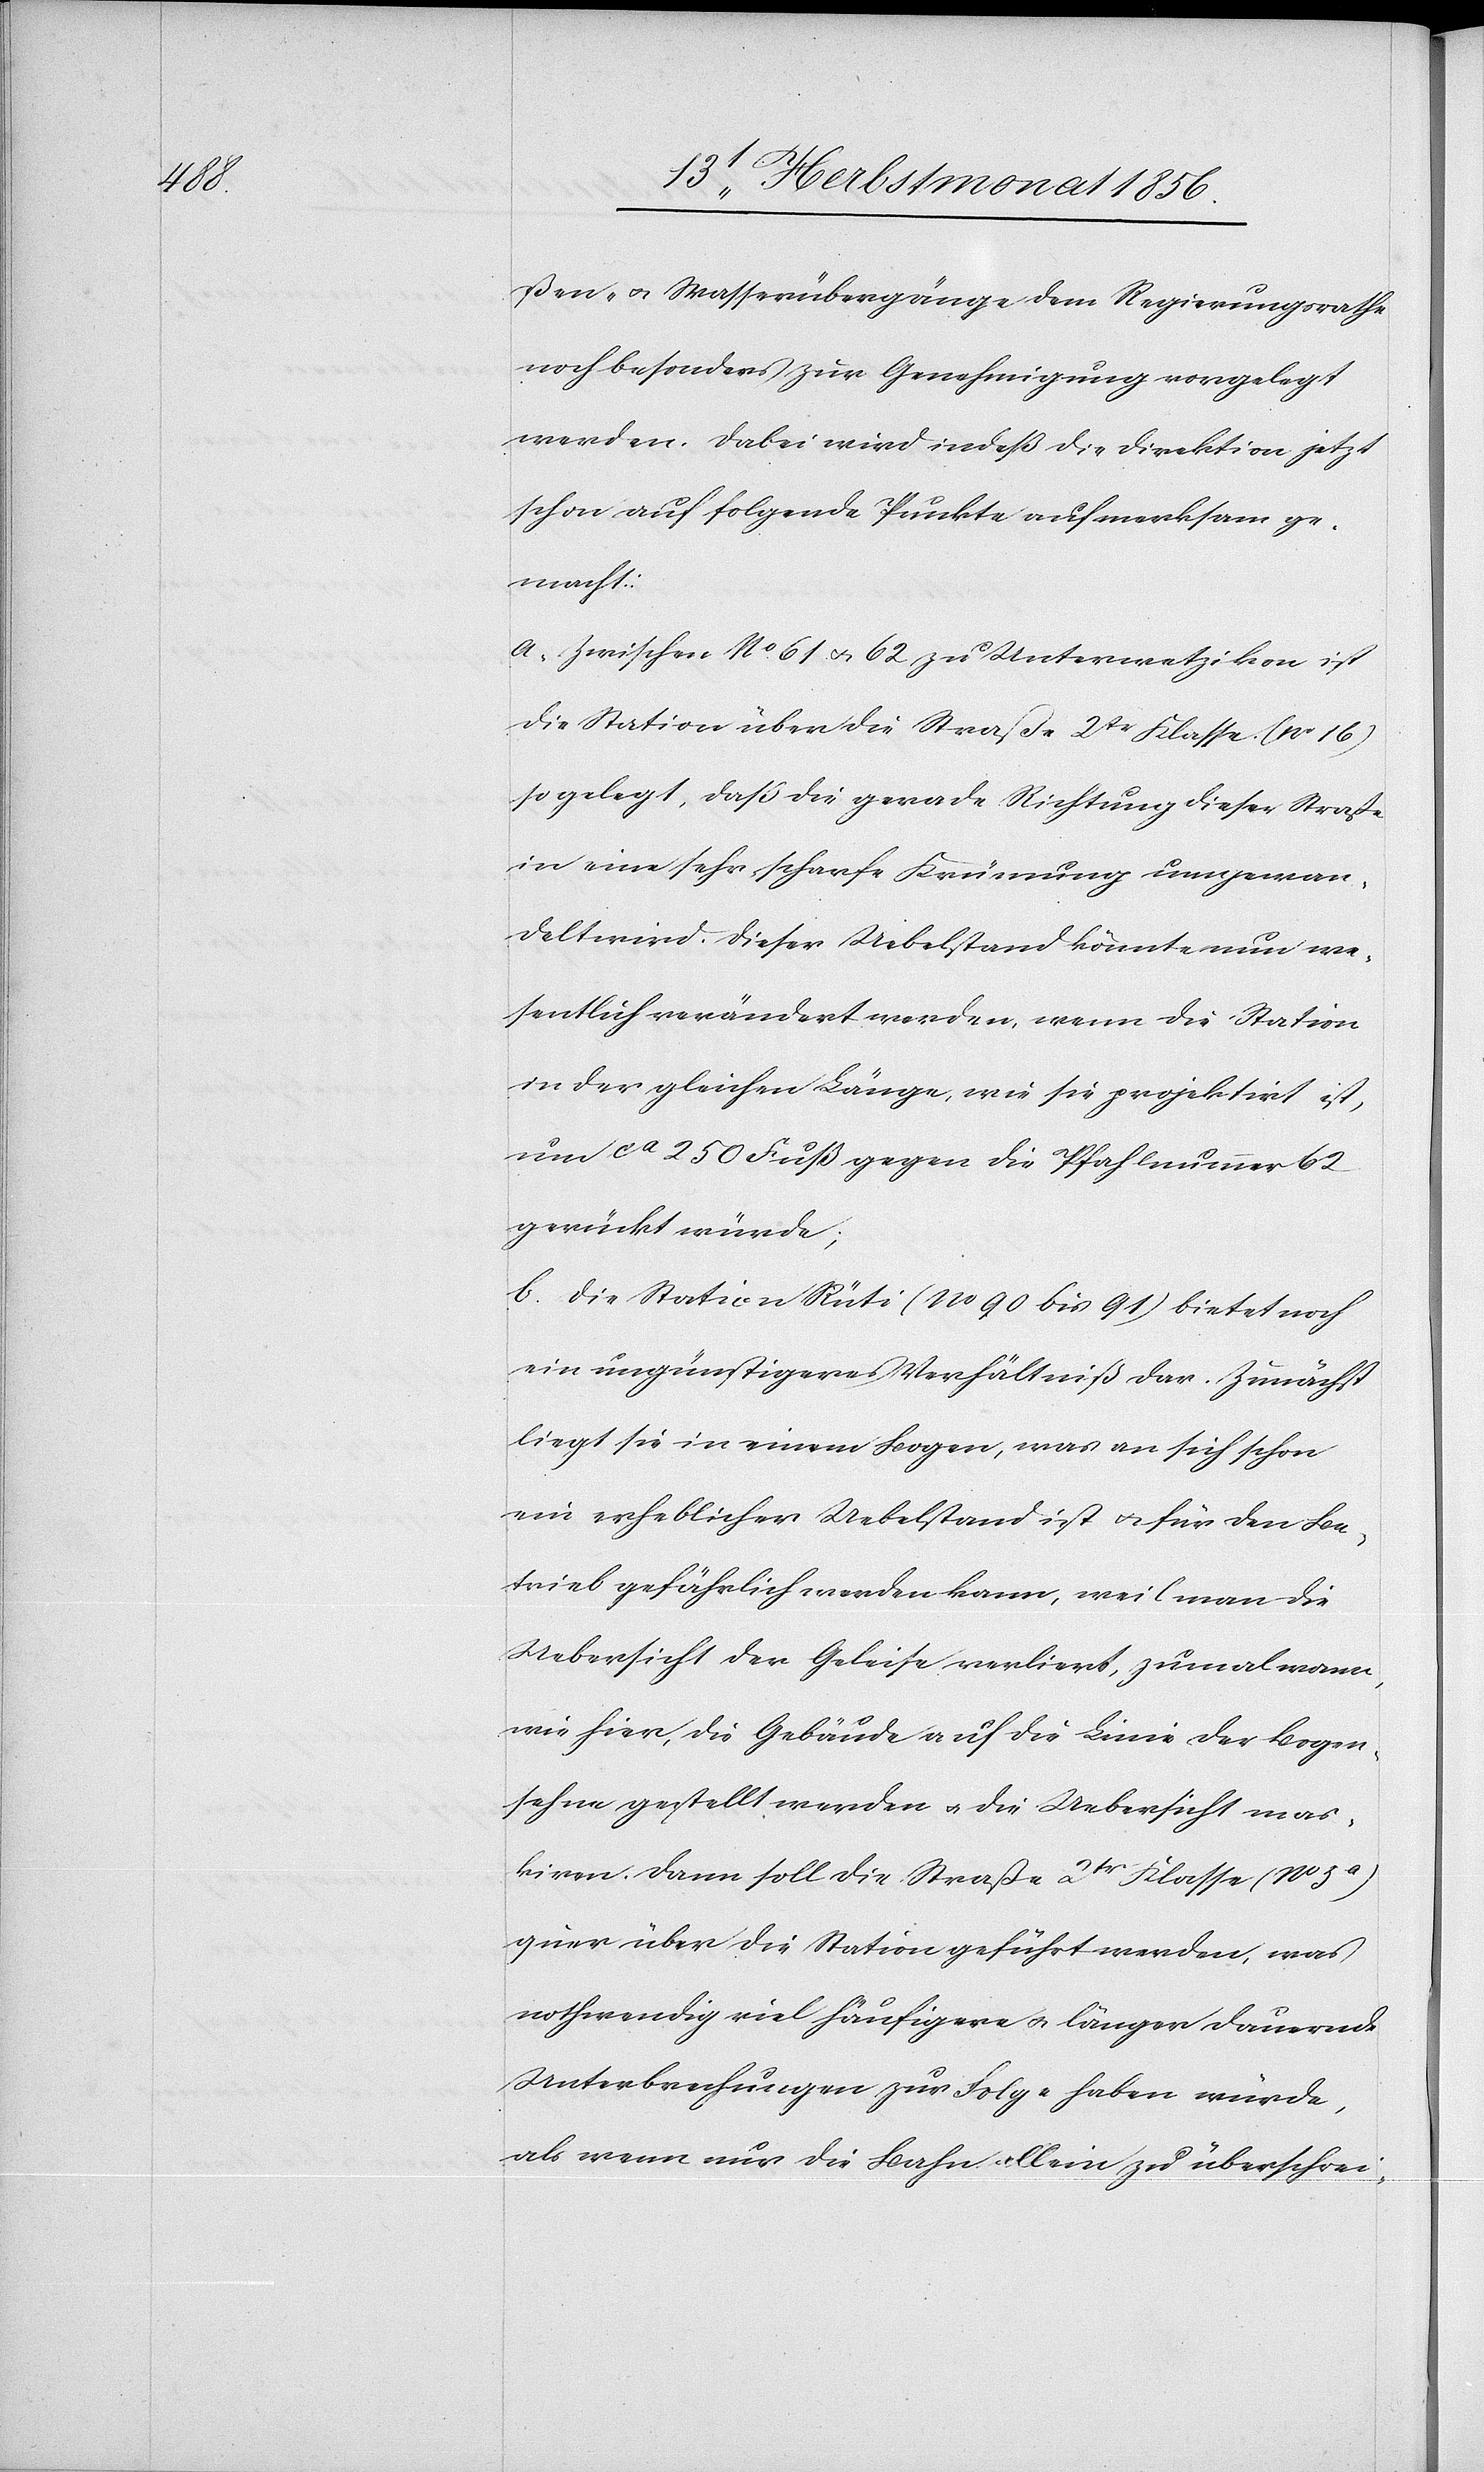
ßen- u. Wasserübergänge dem Regierungsrathe
noch besonders zur Genehmigung vorgelegt
werden. Dabei wird indeß die Direktion jetzt
schon auf folgende Punkte aufmerksam ge¬
macht:
a. Zwischen No 61 u. 62 zu Unterwetzikon ist
die Station über die Straße 2tr Klasse (No 16)
so gelegt, daß die gerade Richtung dieser Straße
in eine sehr scharfe Krümung [sic!] umgewan¬
delt wird. Dieser Uebelstand könnte nun we¬
sentlich verändert werden, wenn die Station
in der gleichen Länge, wie sie projektirt ist,
um ca 250 Fuß gegen die Pfahlnummer 62
gerückt würde;
b. Die Station Rüti (No 90 bis 91) bietet noch
ein ungünstigeres Verhältniß dar. Zunächst
liegt sie in einem Bogen, was an sich schon
ein erheblicher Uebelstand ist u. für den Be¬
trieb gefährlich werden kann, weil man die
Uebersicht der Geleise verliert, zumal wann,
wie hier, die Gebäude auf die Linie der Bogen¬
sehne gestellt werden u. die Uebersicht mas¬
kiren. Dann soll die Straße 2tr Klasse (No 5a)
quer über die Station geführt werden, was
nothwendig viel häufigere u. länger dauernde
Unterbrechungen zur Folge haben würde,
als wenn nur die Bahn allein zu überschrei-